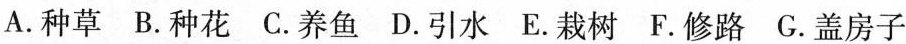
A. 种草 B. 种花 C. 养鱼 D .引水 E. 栽树 F. 修路G. 盖房子